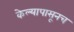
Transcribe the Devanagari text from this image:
केल्यापासूनच